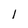
Character: l